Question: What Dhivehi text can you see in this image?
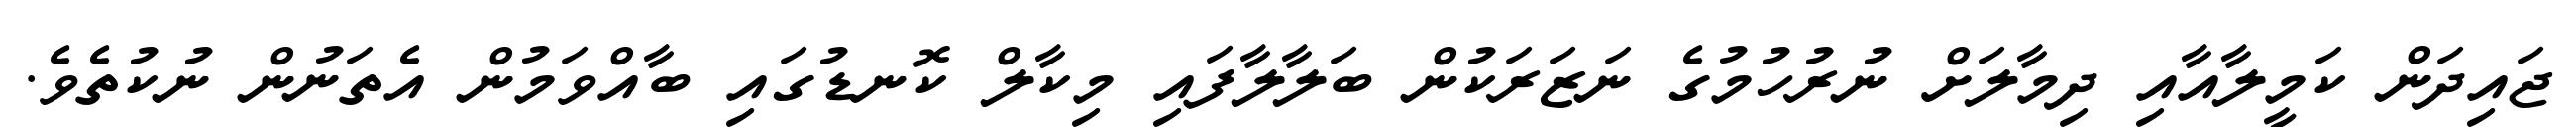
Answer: ޖައިދަން ކަމީލާއާއި ދިމާލަށް ނުރުހުމުގެ ނަޒަރަކުން ބަލާލާފައި މިކާލް ކޮނޑުގައި ބާއްވަމުން އެތަނުން ނުކުތެވެ.